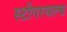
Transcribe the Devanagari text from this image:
स्टीगरवाल्ड